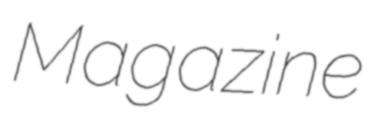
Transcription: Magazine